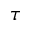
\tau